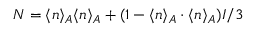
\boldsymbol { N } = \langle \boldsymbol { n } \rangle _ { A } \langle \boldsymbol { n } \rangle _ { A } + ( 1 - \langle \boldsymbol { n } \rangle _ { A } \cdot \langle \boldsymbol { n } \rangle _ { A } ) \boldsymbol { I } / 3